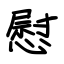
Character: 慰